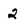
Character: 2